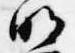
明